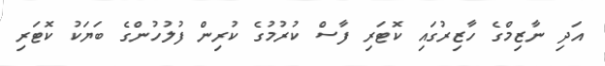
އަދި ނާޒިމްގެ ހާޒިރުގައި ކޮޓަރި ފާސް ކުރުމުގެ ކުރިން ފުލުހުންގެ ބަޔަކު ކޮޓަރި